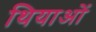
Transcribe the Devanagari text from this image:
थियाओं